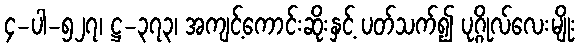
၄-ပါ-၅၂၇၊ ဋ္ဌ-၃၇၃၊ အကျင့်ကောင်းဆိုးနှင့် ပတ်သက်၍ ပုဂ္ဂိုလ်လေးမျိုး